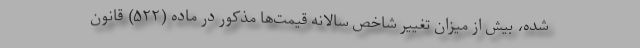
شده، بیش از میزان تغییر شاخص سالانه قیمت‌ها مذکور در ماده (۵۲۲) قانون